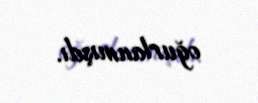
oğurlanmışdı.